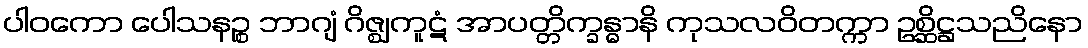
ပါဝကော ပေါသနဉ္စ ဘာဂျံ ဂိဇ္ဈကူဋံ အာပတ္တိက္ခန္ဓာနိ ကုသလဝိတက္ကာ ဥစ္ဆိဋ္ဌသညိနော